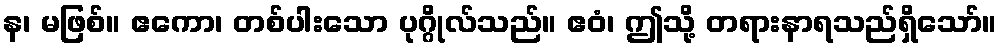
န၊ မဖြစ်။ ဧကော၊ တစ်ပါးသော ပုဂ္ဂိုလ်သည်။ ဧဝံ၊ ဤသို့ တရားနာရသည်ရှိသော်။